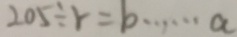
2 0 5 \div r = b \cdots a